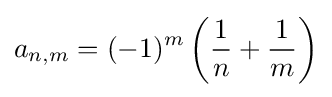
a_{n,m}=(-1)^{m}\left({\frac {1}{n}}+{\frac {1}{m}}\right)